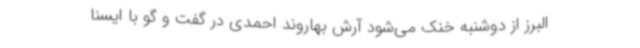
البرز از دوشنبه خنک می‌شود آرش بهاروند احمدی در گفت و گو با ایسنا